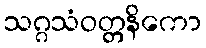
သဂ္ဂသံဝတ္တနိကော